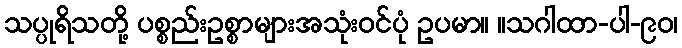
သပ္ပုရိသတို့ ပစ္စည်းဥစ္စာများအသုံးဝင်ပုံ ဥပမာ။ ။သဂါထာ-ပါ-၉၀၊